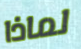
لماذا